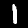
Digit: 1